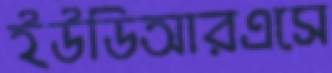
ইউডিআরএসে